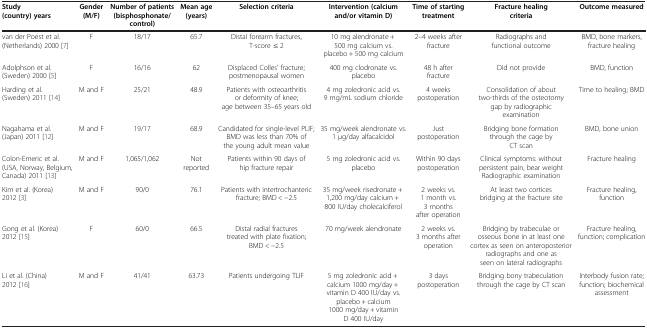
<table><thead><tr><td><b>Study (country) years</b></td><td><b>Gender (M/F)</b></td><td><b>Number of patients (bisphosphonate/control)</b></td><td><b>Mean age (years)</b></td><td><b>Selection criteria</b></td><td><b>Intervention (calcium and/or vitamin D)</b></td><td><b>Time of starting treatment</b></td><td><b>Fracture healing criteria</b></td><td><b>Outcome measured</b></td></tr></thead><tbody><tr><td>van der Poest et al. (Netherlands) 2000 [7]</td><td>F</td><td>18/17</td><td>65.7</td><td>Distal forearm fractures, T-score ≤ 2</td><td>10 mg alendronate + 500 mg calcium vs. placebo + 500 mg calcium</td><td>2–4 weeks after fracture</td><td>Radiographs and functional outcome</td><td>BMD, bone markers, fracture healing</td></tr><tr><td>Adolphson et al. (Sweden) 2000 [5]</td><td>F</td><td>16/16</td><td>62</td><td>Displaced Colles&#x27; fracture; postmenopausal women</td><td>400 mg clodronate vs. placebo</td><td>48 h after fracture</td><td>Did not provide</td><td>BMD, function</td></tr><tr><td>Harding et al. (Sweden) 2011 [14]</td><td>M and F</td><td>25/21</td><td>48.9</td><td>Patients with osteoarthritis or deformity of knee; age between 35–65 years old</td><td>4 mg zoledronic acid vs. 9 mg/mL sodium chloride</td><td>4 weeks postoperation</td><td>Consolidation of about two-thirds of the osteotomy gap by radiographic examination</td><td>Time to healing; BMD</td></tr><tr><td>Nagahama et al. (Japan) 2011 [12]</td><td>M and F</td><td>19/17</td><td>68.9</td><td>Candidated for single-level PLIF; BMD was less than 70% of the young adult mean value</td><td>35 mg/week alendronate vs. 1 μg/day alfacalcidol</td><td>Just postoperation</td><td>Bridging bone formation through the cage by CT scan</td><td>BMD, bone union</td></tr><tr><td>Colon-Emeric et al. (USA, Norway, Belgium, Canada) 2011 [13]</td><td>M and F</td><td>1,065/1,062</td><td>Not reported</td><td>Patients within 90 days of hip fracture repair</td><td>5 mg zoledronic acid vs. placebo</td><td>Within 90 days postoperation</td><td>Clinical symptoms: without persistent pain, bear weight Radiographic examination</td><td>Fracture healing</td></tr><tr><td>Kim et al. (Korea) 2012 [3]</td><td>M and F</td><td>90/0</td><td>76.1</td><td>Patients with intertrochanteric fracture; BMD &lt; −2.5</td><td>35 mg/week risedronate + 1,200 mg/day calcium + 800 IU/day cholecalciferol</td><td>2 weeks vs. 1 month vs. 3 months after operation</td><td>At least two cortices bridging at the fracture site</td><td>Fracture healing, function</td></tr><tr><td>Gong et al. (Korea) 2012 [15]</td><td>F</td><td>60/0</td><td>66.5</td><td>Distal radial fractures treated with plate fixation; BMD &lt; −2.5</td><td>70 mg/week alendronate</td><td>2 weeks vs. 3 months after operation</td><td>Bridging by trabeculae or osseous bone in at least one cortex as seen on anteroposterior radiographs and one as seen on lateral radiographs</td><td>Fracture healing, function; complication</td></tr><tr><td>Li et al. (China) 2012 [16]</td><td>M and F</td><td>41/41</td><td>63.73</td><td>Patients undergoing TLIF</td><td>5 mg zoledronic acid + calcium 1000 mg/day + vitamin D 400 IU/day vs. placebo + calcium 1000 mg/day + vitamin D 400 IU/day</td><td>3 days postoperation</td><td>Bridging bony trabeculation through the cage by CT scan</td><td>Interbody fusion rate; function; biochemical assessment</td></tr></tbody></table>